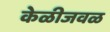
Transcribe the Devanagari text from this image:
केळीजवळ